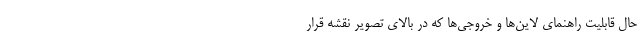
حال قابلیت راهنمای لاین‌ها و خروجی‌ها که در بالای تصویر نقشه قرار